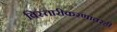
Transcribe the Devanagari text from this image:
विस्तारीकरणावरही